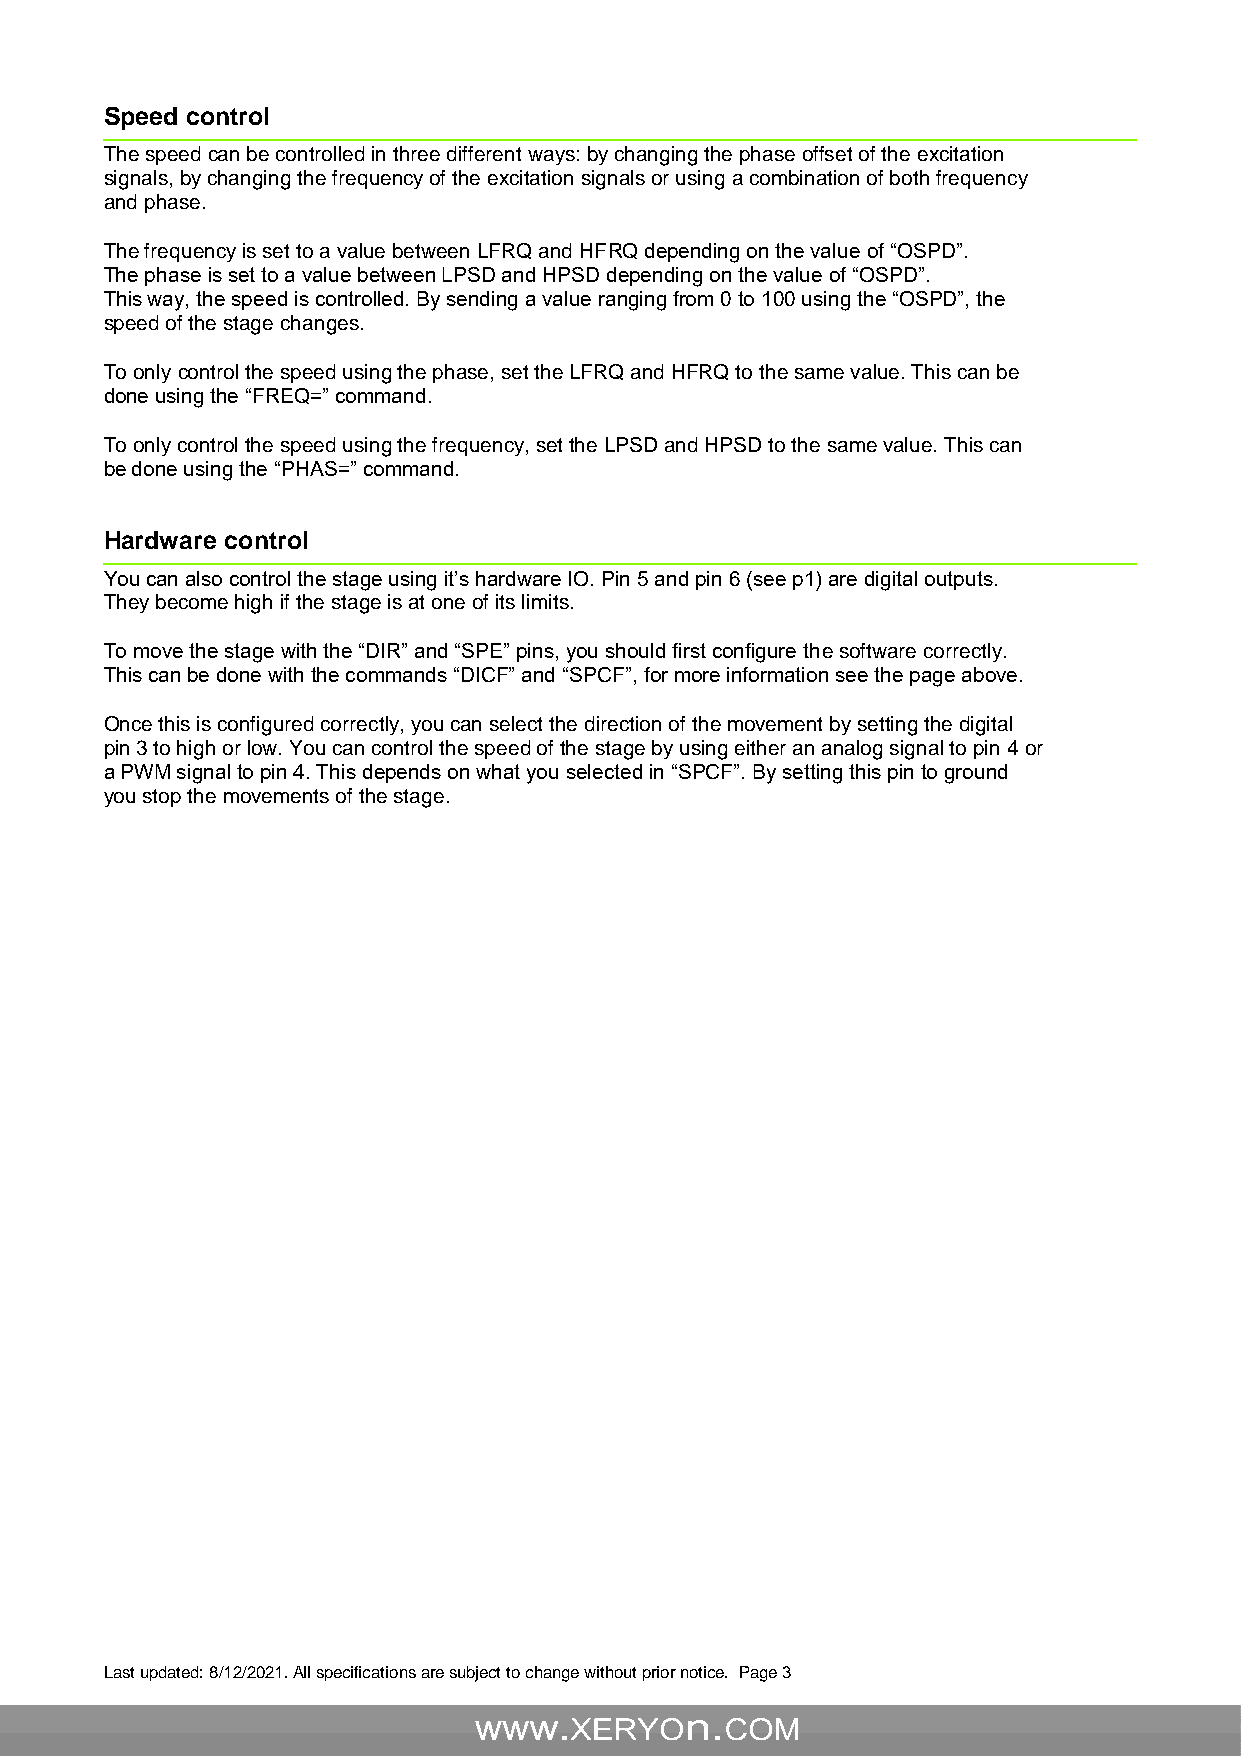
Speed control
 The speed can be controlled in three different ways: by changing the phase offset of the excitation
 signals, by changing the frequency of the excitation signals or using a combination of both frequency
 and phase.
 The frequency is set to a value between LFRQ and HFRQ depending on the value of “OSPD”.
 The phase is set to a value between LPSD and HPSD depending on the value of “OSPD”.
 This way, the speed is controlled. By sending a value ranging from 0 to 100 using the “OSPD”, the
 speed of the stage changes.
 To only control the speed using the phase, set the LFRQ and HFRQ to the same value. This can be
 done using the “FREQ=” command.
 To only control the speed using the frequency, set the LPSD and HPSD to the same value. This can
 be done using the “PHAS=” command.
 Hardware control
 You can also control the stage using it’s hardware IO. Pin 5 and pin 6 (see p1) are digital outputs.
 They become high if the stage is at one of its limits.
 To move the stage with the “DIR” and “SPE” pins, you should first configure the software correctly.
 This can be done with the commands “DICF” and “SPCF”, for more information see the page above.
 Once this is configured correctly, you can select the direction of the movement by setting the digital
 pin 3 to high or low. You can control the speed of the stage by using either an analog signal to pin 4 or
 a PWM signal to pin 4. This depends on what you selected in “SPCF”. By setting this pin to ground
 you stop the movements of the stage.
 Last updated: 8/12/2021. All specifications are subject to change without prior notice. Page 3